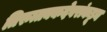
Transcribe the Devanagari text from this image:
तिरुत्तक्कदेवरांकडून